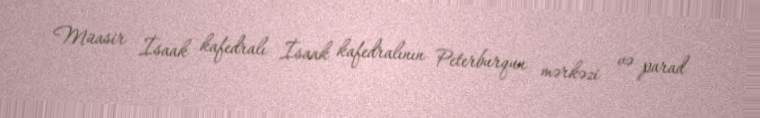
Müasir İsaak kafedralı İsaak kafedralının Peterburqun mərkəzi və parad